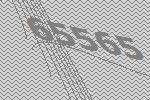
65565